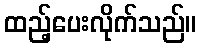
ထည့်ပေးလိုက်သည်။